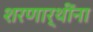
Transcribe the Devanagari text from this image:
शरणार्थींना